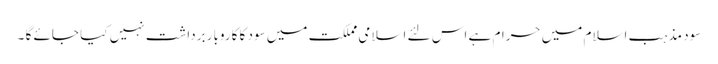
سود مذہب اسلام میں حرام ہے اس لئے اسلامی مملکت میں سود کا کاروبار برداشت نہیں کیا جائے گا ۔